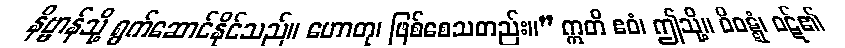
နိဗ္ဗာန်သို့ ရွက်ဆောင်နိုင်သည်။ ဟောတု၊ ဖြစ်စေသတည်း။” ဣတိ ဧဝံ၊ ဤသို့။ ဝိဝဋ္ဋံ၊ ဝဋ်၏